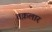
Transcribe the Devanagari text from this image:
तक़लार